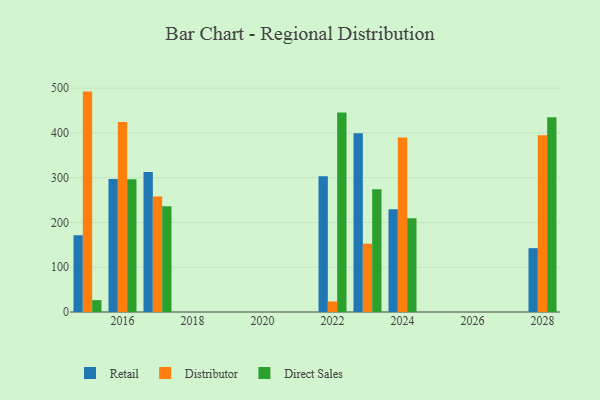
{"axis": {"x": "Year", "y": "Bounce Rate (%)"}, "legend": ["Direct Sales", "Distributor", "Retail"], "data": [{"x": "2016", "y": 297.3, "type": "Retail"}, {"x": "2016", "y": 424.7, "type": "Distributor"}, {"x": "2016", "y": 296.5, "type": "Direct Sales"}, {"x": "2015", "y": 171.5, "type": "Retail"}, {"x": "2015", "y": 492.4, "type": "Distributor"}, {"x": "2015", "y": 26.5, "type": "Direct Sales"}, {"x": "2017", "y": 312.5, "type": "Retail"}, {"x": "2017", "y": 258.3, "type": "Distributor"}, {"x": "2017", "y": 236.0, "type": "Direct Sales"}, {"x": "2028", "y": 142.6, "type": "Retail"}, {"x": "2028", "y": 394.8, "type": "Distributor"}, {"x": "2028", "y": 435.1, "type": "Direct Sales"}, {"x": "2024", "y": 229.5, "type": "Retail"}, {"x": "2024", "y": 389.7, "type": "Distributor"}, {"x": "2024", "y": 209.3, "type": "Direct Sales"}, {"x": "2022", "y": 303.1, "type": "Retail"}, {"x": "2022", "y": 23.6, "type": "Distributor"}, {"x": "2022", "y": 445.8, "type": "Direct Sales"}, {"x": "2023", "y": 399.6, "type": "Retail"}, {"x": "2023", "y": 152.6, "type": "Distributor"}, {"x": "2023", "y": 274.5, "type": "Direct Sales"}]}